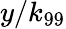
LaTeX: y/k_{99}